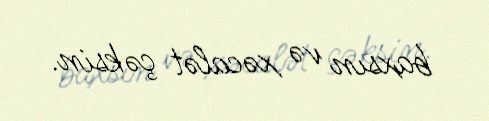
baxsın və xəcalət çəksin.